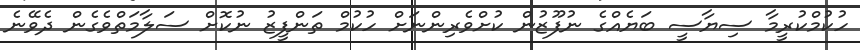
ހުކުމްކުރީމާ ސިޔާސީ ބަޔެއްގެ ނުފޫޒުން ކުށްވެރިންނަށް ހުކުމް ތަންފީޒު ނުކޮށް ސަލާމަތްވެގެން ދެވޭނެ